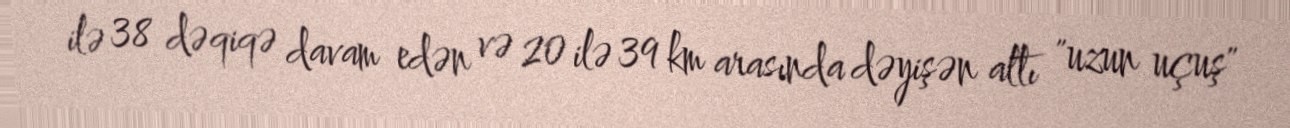
ilə 38 dəqiqə davam edən və 20 ilə 39 km arasında dəyişən altı "uzun uçuş"